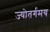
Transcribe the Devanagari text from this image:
ज्योतर्गमय